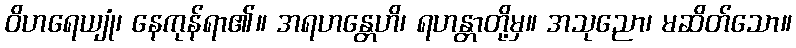
ဝိဟရေယျုံ၊ နေကုန်ရာ၏။ အရဟန္တေဟိ၊ ရဟန္တာတို့မှ။ အသုညော၊ မဆိတ်သော။